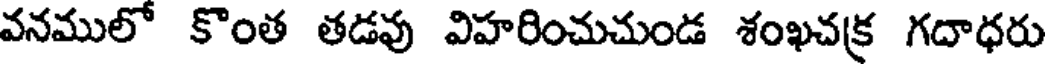
వనములో కొంత తడవు విహరించుచుండ శంఖచక్ర గదాధరు